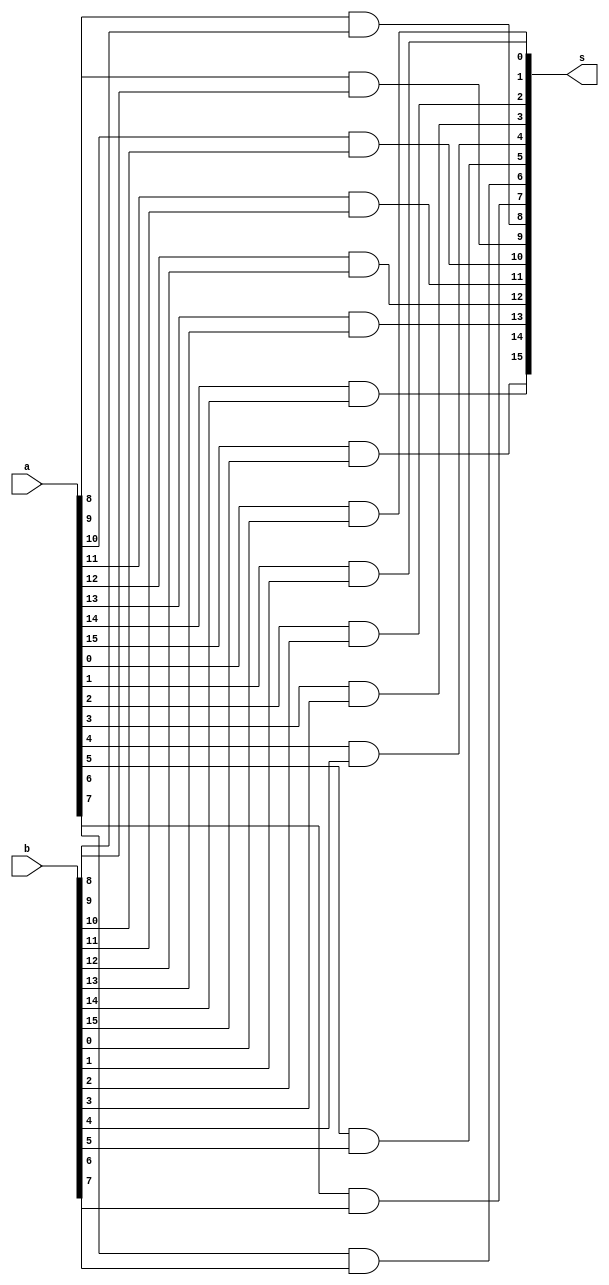
module ander(input [15:0] a,b,output [15:0]s);
    and(s[0],a[0],b[0]);
    and(s[1],a[1],b[1]);
    and(s[2],a[2],b[2]);
    and(s[3],a[3],b[3]);
    and(s[4],a[4],b[4]);
    and(s[5],a[5],b[5]);
    and(s[6],a[6],b[6]);
    and(s[7],a[7],b[7]);
    and(s[8],a[8],b[8]);
    and(s[9],a[9],b[9]);
    and(s[10],a[10],b[10]);
    and(s[11],a[11],b[11]);
    and(s[12],a[12],b[12]);
    and(s[13],a[13],b[13]);
    and(s[14],a[14],b[14]);
    and(s[15],a[15],b[15]);
endmodule

module testbench();
    reg[15:0] A;
    reg[15:0] B;
    wire[15:0] R;

    ander my_and(A,B,R);

    initial begin

        A = 15'b100100011011011;
        B = 15'b101000101101000;
        #10
        $display("A = %b", A);
        $display("B = %b", B);
        $display("R = %b", R);
        #10

        A = 15'b001010001010010;
        B = 15'b111101001000101;
        #10
        $display("A = %b", A);
        $display("B = %b", B);
        $display("R = %b", R);

    end


endmodule